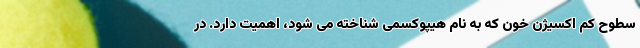
سطوح کم اکسیژن خون که به نام هیپوکسمی شناخته می شود، اهمیت دارد. در